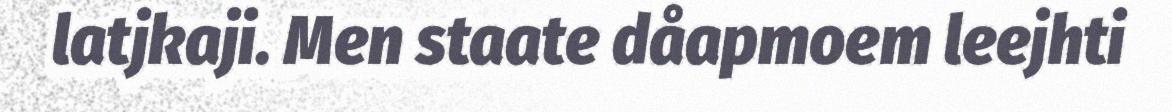
latjkaji. Men staate dåapmoem leejhti